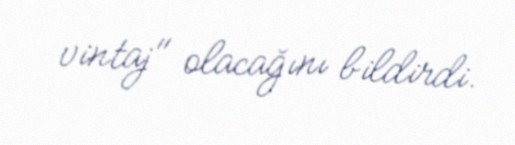
vintaj" olacağını bildirdi.